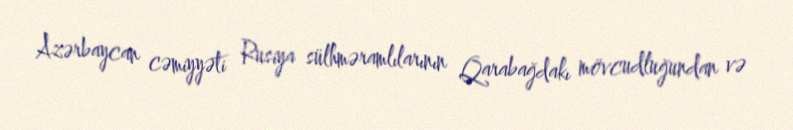
Azərbaycan cəmiyyəti Rusiya sülhməramlılarının Qarabağdakı mövcudluğundan və